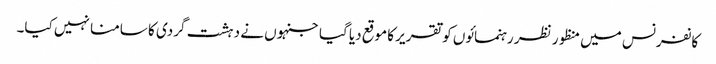
کانفرنس میں منظور نظر رہنمائوں کو تقریر کا موقع دیا گیا جنہوں نے دہشت گردی کا سامنا نہیں کیا۔